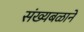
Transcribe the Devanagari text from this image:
संख्यबळाने